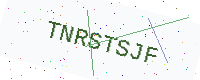
Text: TNRSTSJF